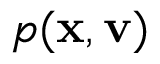
p ( \mathbf { x } , \mathbf { v } )